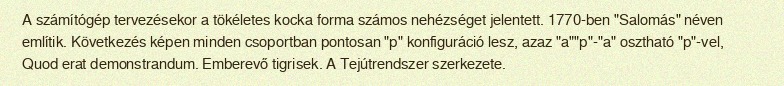
A számítógép tervezésekor a tökéletes kocka forma számos nehézséget jelentett. 1770-ben "Salomás" néven említik. Következés képen minden csoportban pontosan "p" konfiguráció lesz, azaz "a""p"-"a" osztható "p"-vel, Quod erat demonstrandum. Emberevő tigrisek. A Tejútrendszer szerkezete.